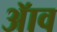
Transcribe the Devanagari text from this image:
ॲाव